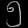
Digit: ၅